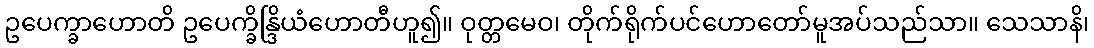
ဥပေက္ခာဟောတိ ဥပေက္ခိန္ဒြိယံဟောတီဟူ၍။ ဝုတ္တမေဝ၊ တိုက်ရိုက်ပင်ဟောတော်မူအပ်သည်သာ။ သေသာနိ၊